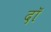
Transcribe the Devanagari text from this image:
दॉ